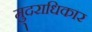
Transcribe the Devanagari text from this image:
मु्दराधिकार